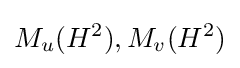
M_{u}(H^{2}),M_{v}(H^{2})